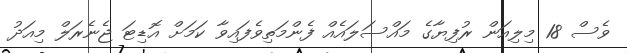
ވެސް 18 މިލިއަން ރުފިޔާގެ މައްސަލައެއް ފެންމަތިވެފައިވާ ކަމަށް އޮޑިޓަ ޖެނެރަލް މިއަދު